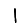
Digit: 1